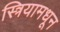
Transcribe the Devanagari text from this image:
स्त्रियामधून